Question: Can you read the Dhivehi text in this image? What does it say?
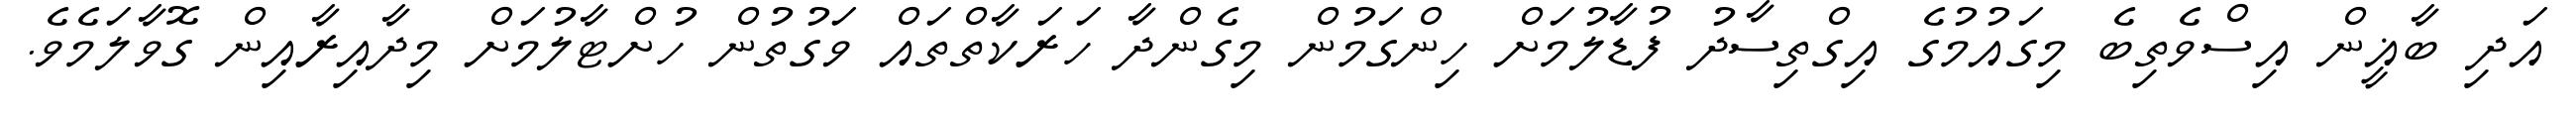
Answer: އަދި ބާޣީން އިސްވެތިބެ މިގައުމުގެ އިގްތިސާދު ފުޑާލުމަށް ހިންގަމުން މިގެންދާ ހަރަކާތްތައް ވަގުތުން ހުށްޓާލުމަށް މިދާއިރާއިން ގޮވާލަމެވެ.